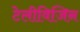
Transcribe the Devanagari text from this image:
टेलीविजिन